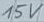
Text: 15V